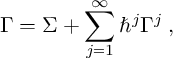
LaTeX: \Gamma = \Sigma + \sum _ { j = 1 } ^ { \infty } \hbar ^ { j } \Gamma ^ { j } \; ,